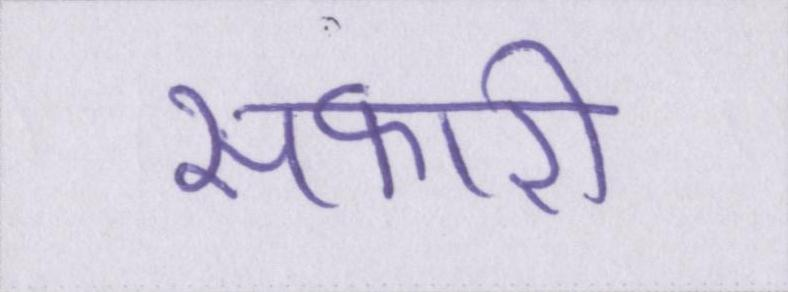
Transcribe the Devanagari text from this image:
सफारी